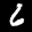
Label: 6